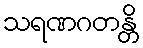
သရဏဂတန္တိ